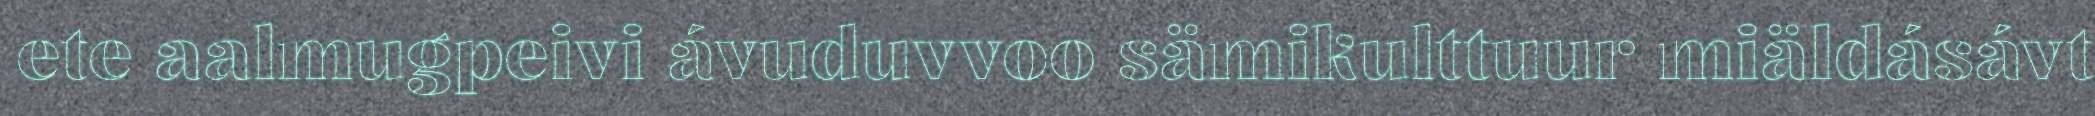
ete aalmugpeivi ávuduvvoo sämikulttuur miäldásávt